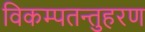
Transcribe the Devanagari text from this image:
विकम्पतन्तुहरण